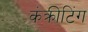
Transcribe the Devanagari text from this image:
कंक्रीटिंग